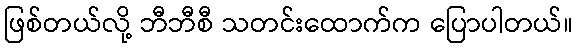
ဖြစ်တယ်လို့ ဘီဘီစီ သတင်းထောက်က ပြောပါတယ်။